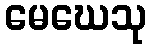
မေဃေသု